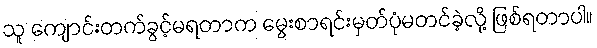
သူ ကျောင်းတက်ခွင့်မရတာက မွေးစာရင်းမှတ်ပုံမတင်ခဲ့လို့ ဖြစ်ရတာပါ။